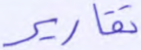
تقارير